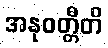
အနုဝတ္တီတိ